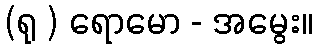
(ရု ) ရောမော - အမွေး။